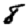
Digit: 8